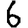
Digit: 6